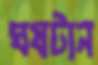
ঘষটান